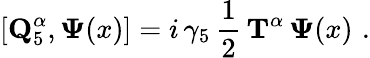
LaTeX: \left[{\mathbf Q}_{5}^{\alpha},{\mathbf\Psi}(x)\right]=i\, \gamma_{5}\, \frac 12\, {\mathbf T}^{\alpha}\, {\mathbf\Psi}(x)\, \, .